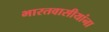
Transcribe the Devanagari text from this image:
भारतवासीयांना